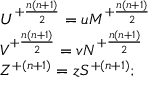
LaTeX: \begin{array} { l c r } { { U ^ { + { \frac { n ( n + 1 ) } { 2 } } } = u M ^ { + { \frac { n ( n + 1 ) } { 2 } } } } } \\ { { V ^ { + { \frac { n ( n + 1 ) } { 2 } } } = v N ^ { + { \frac { n ( n + 1 ) } { 2 } } } } } \\ { { Z ^ { + { ( n + 1 ) } } = z S ^ { + { ( n + 1 ) } } ; } } \end{array}